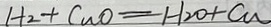
H _ { 2 } + C u O = H _ { 2 } O + C u